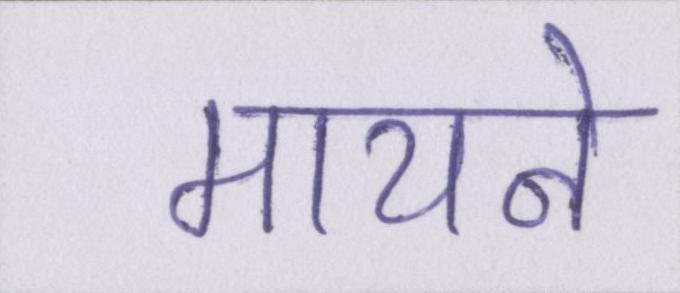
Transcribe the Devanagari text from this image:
मायने